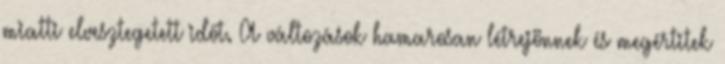
miatti elvesztegetett időt. A változások hamarosan létrejönnek és megértitek